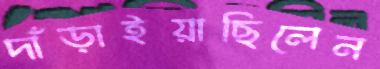
দাঁড়াইয়াছিলেন